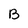
Character: B